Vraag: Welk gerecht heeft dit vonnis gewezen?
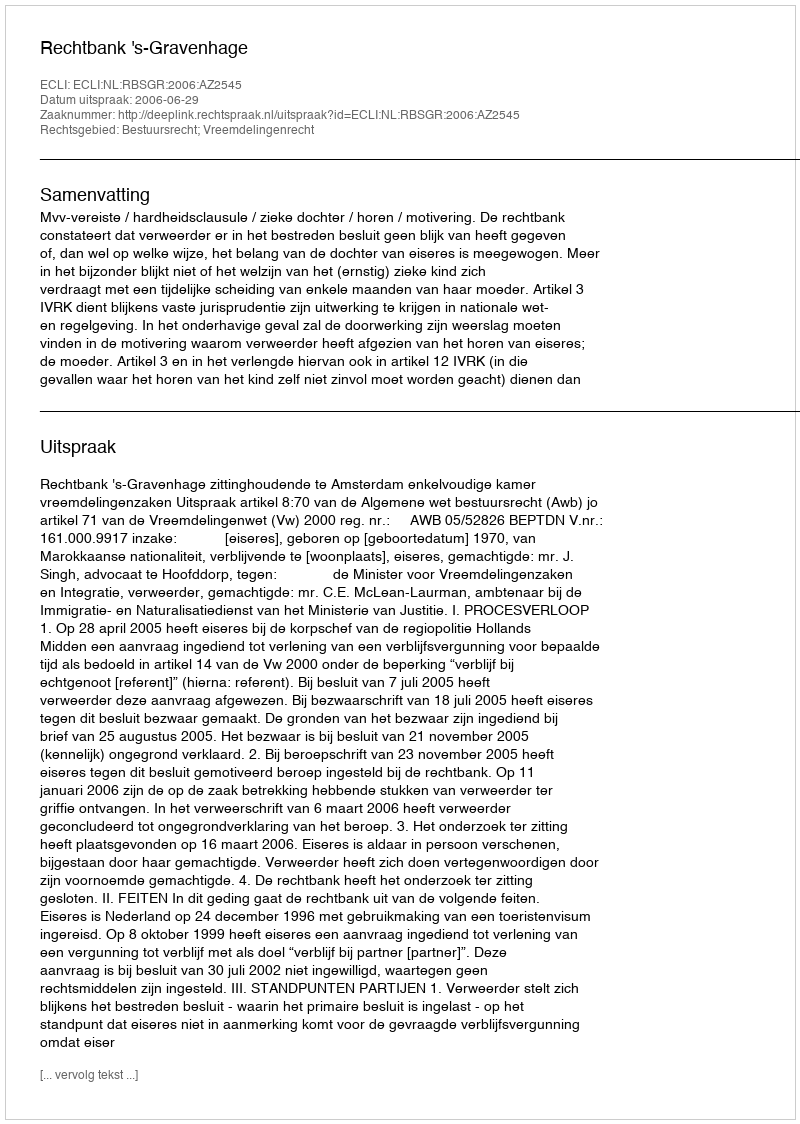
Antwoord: Rechtbank 's-Gravenhage